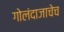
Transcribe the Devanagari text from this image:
गोलंदाजाचेच